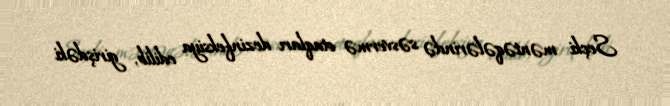
Seçki məntəqələrində səsvermə otaqları dezinfeksiya edilib, girişdəki